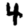
Digit: 4